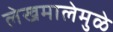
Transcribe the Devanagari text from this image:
लेखमालेमुळे